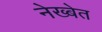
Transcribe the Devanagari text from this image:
नेख्बेत